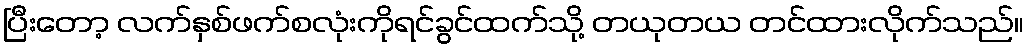
ပြီးတော့ လက်နှစ်ဖက်စလုံးကိုရင်ခွင်ထက်သို့ တယုတယ တင်ထားလိုက်သည်။